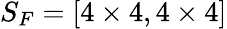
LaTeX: S_{F}=[4\times 4,4\times 4]